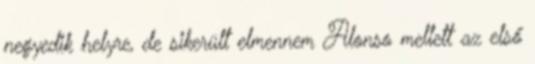
negyedik helyre, de sikerült elmennem Alonso mellett az első